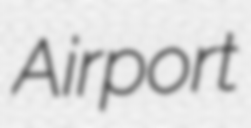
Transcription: Airport